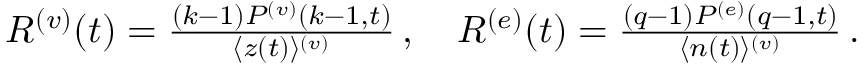
\begin{array} { r } { \begin{array} { r } { R ^ { ( v ) } ( t ) = \frac { ( k - 1 ) P ^ { ( v ) } ( { k - 1 } , { t } ) } { \langle z ( t ) \rangle ^ { ( v ) } } \, , \quad R ^ { ( e ) } ( t ) = \frac { ( q - 1 ) P ^ { ( e ) } ( { q - 1 } , { t } ) } { \langle n ( t ) \rangle ^ { ( v ) } } \, . } \end{array} } \end{array}